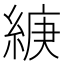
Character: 𦁶